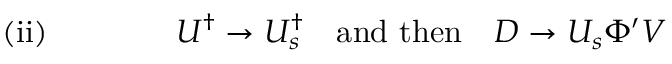
\mathrm { ( i i ) } \quad \quad \quad \quad U ^ { \dagger } \rightarrow U _ { s } ^ { \dagger } \quad \mathrm { a n d ~ t h e n } \quad D \rightarrow U _ { s } \Phi ^ { \prime } V \;